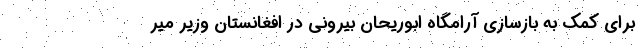
برای کمک به بازسازی آرامگاه ابوریحان بیرونی در افغانستان وزیر میر